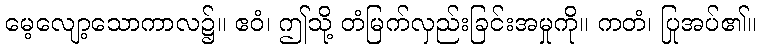
မေ့လျော့သောကာလ၌။ ဧဝံ၊ ဤသို့ တံမြက်လှည်းခြင်းအမှုကို။ ကတံ၊ ပြုအပ်၏။